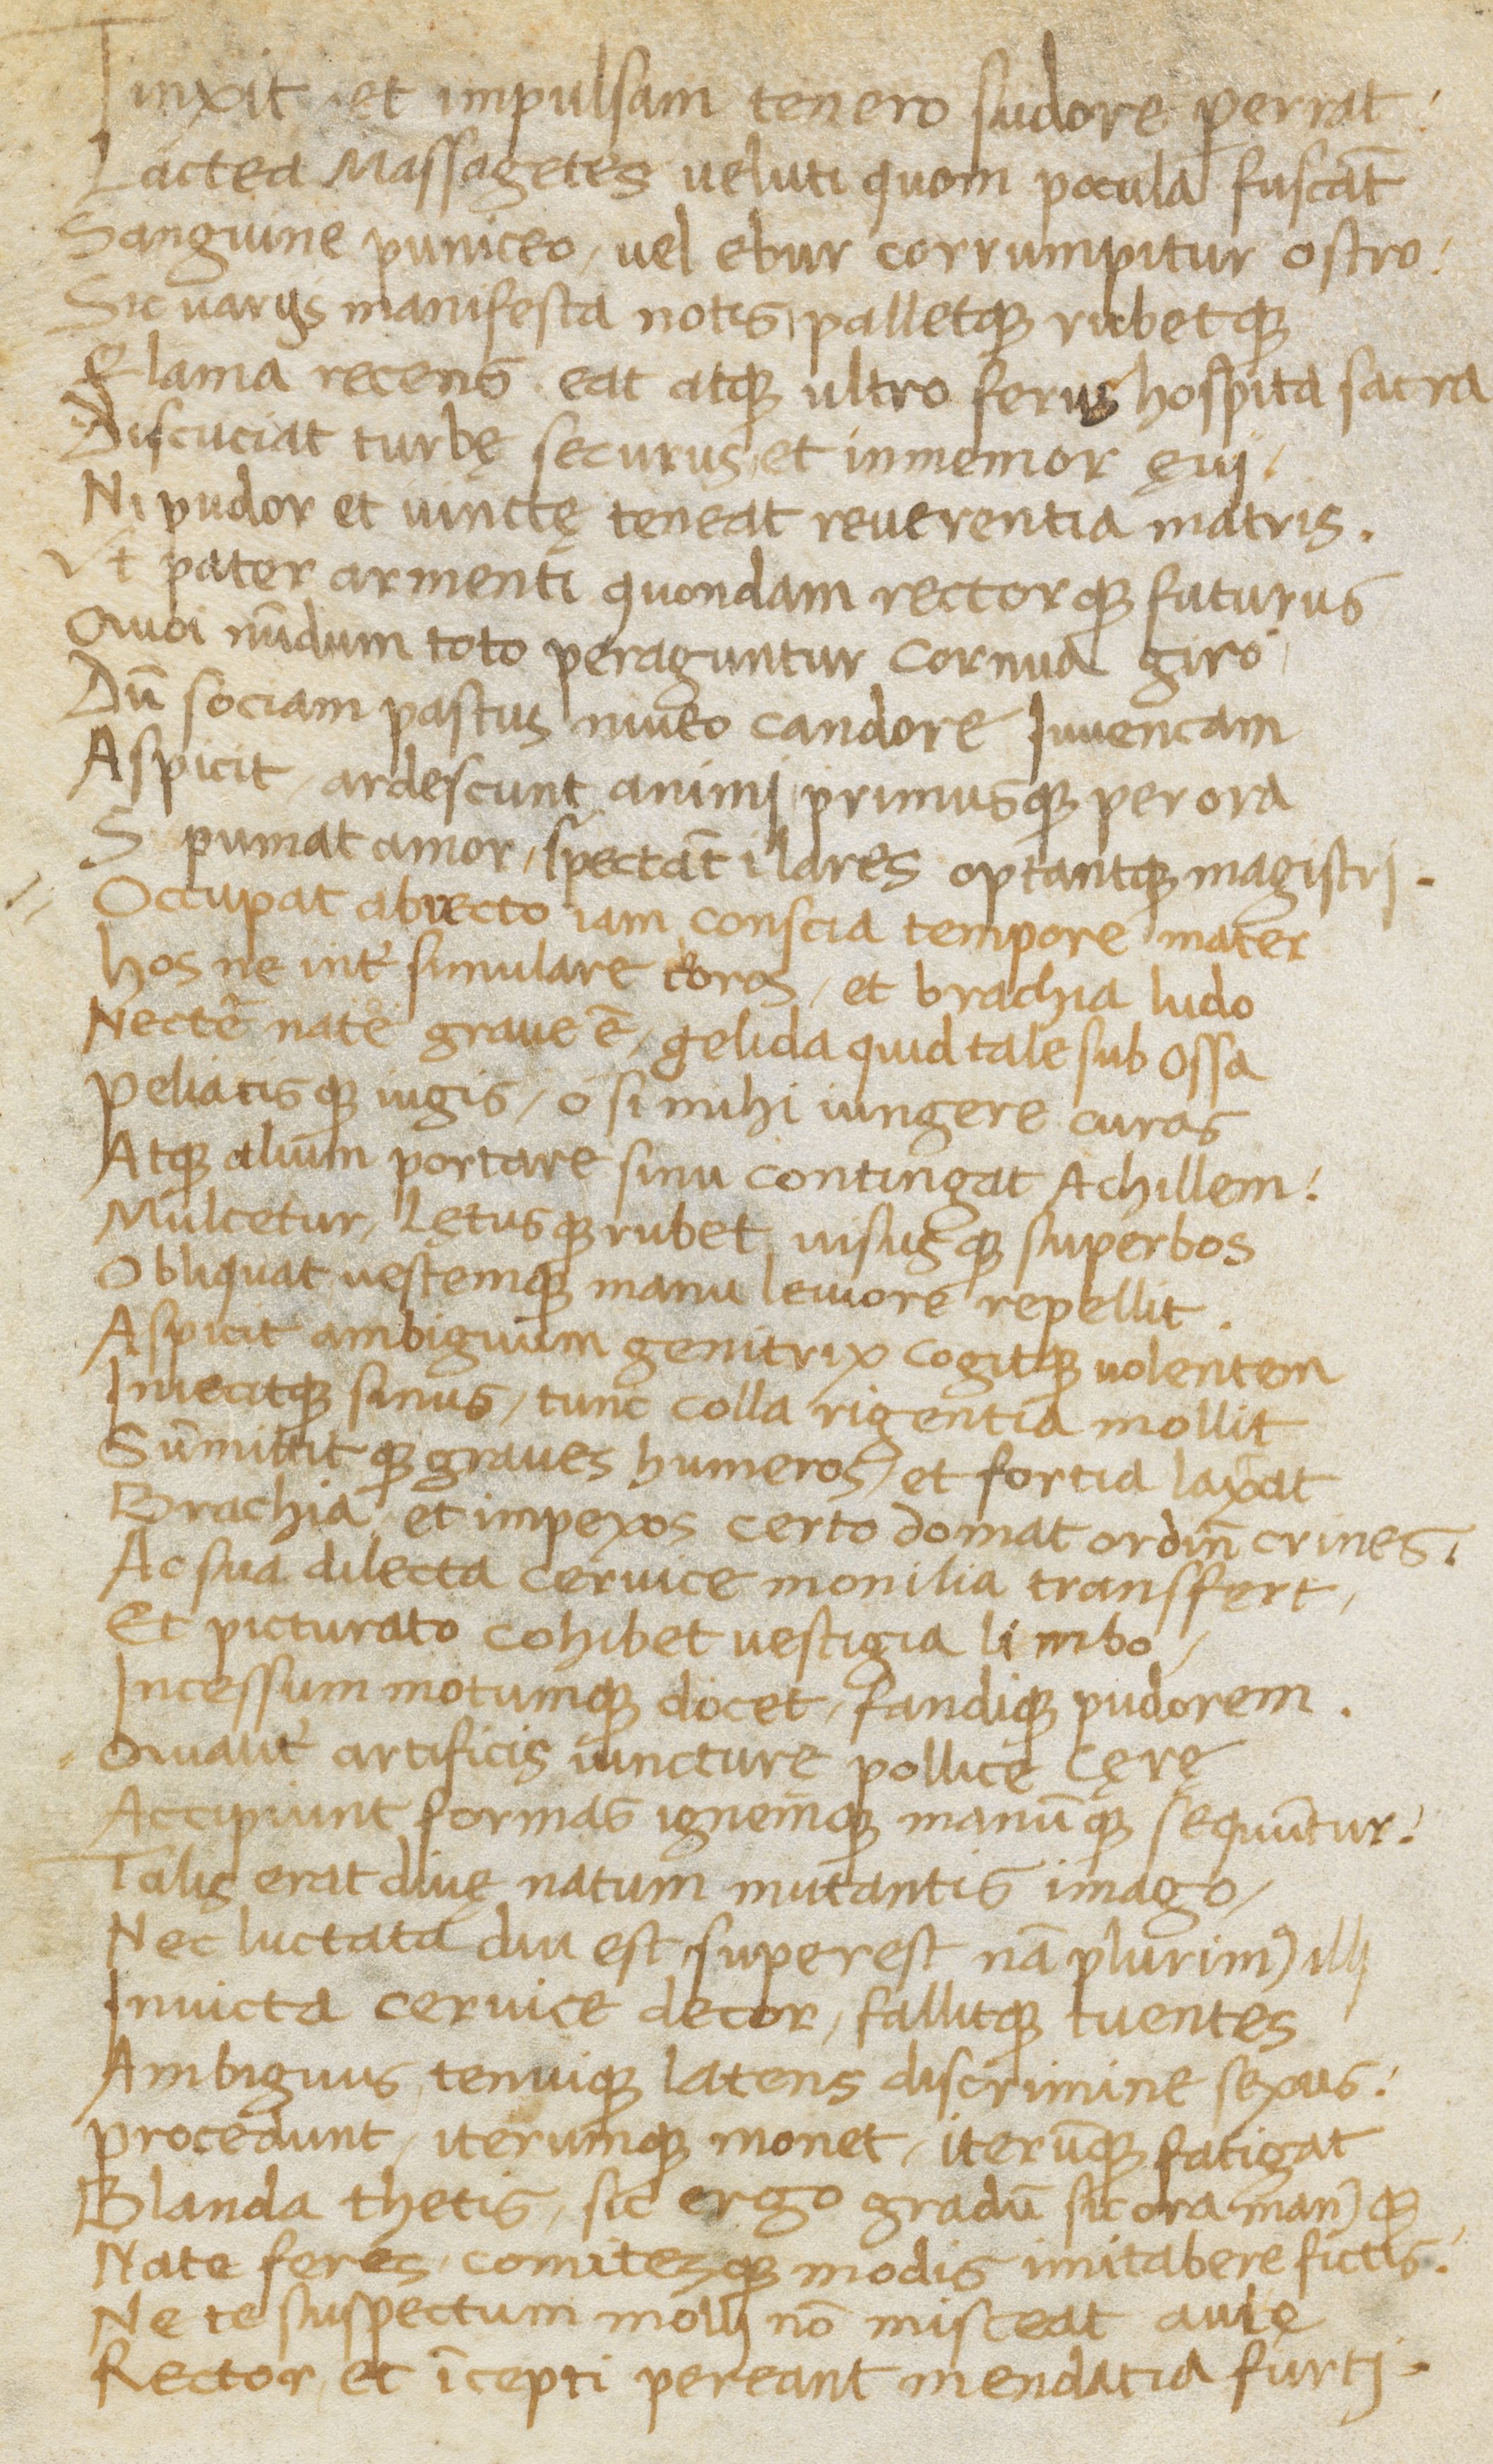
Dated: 1400–1499